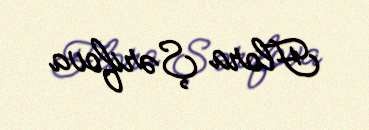
Flora Şərifova